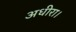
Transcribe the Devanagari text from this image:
अधीरा।